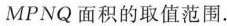
MPNQ面积的取值范围.